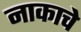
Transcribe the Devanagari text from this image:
नाकाचे